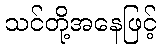
သင်တို့အနေဖြင့်